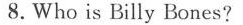
8.Who is Billy Bones?